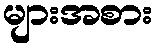
များအစား